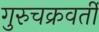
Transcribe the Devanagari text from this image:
गुरुचक्रवर्ती